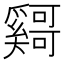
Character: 𫰄